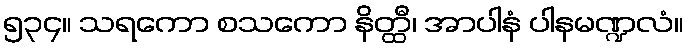
၅၃၄။ သရကော စသကော နိတ္ထီ၊ အာပါနံ ပါနမဏ္ဍလံ။